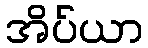
အိပ်ယာ